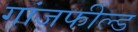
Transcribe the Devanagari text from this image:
गांजफील्ड